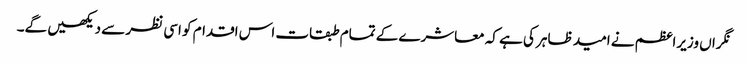
نگراں وزیراعظم نے امید ظاہر کی ہے کہ معاشرے کے تمام طبقات اس اقدام کو اسی نظر سے دیکھیں گے۔